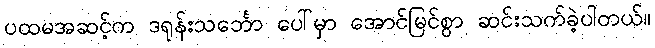
ပထမအဆင့်က ဒရုန်းသင်္ဘော ပေါ်မှာ အောင်မြင်စွာ ဆင်းသက်ခဲ့ပါတယ်။